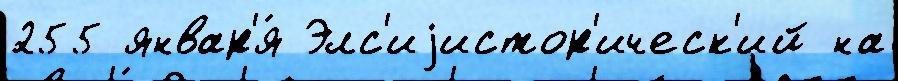
255 январ'я́ Элс'иjистор'ическ'ий на